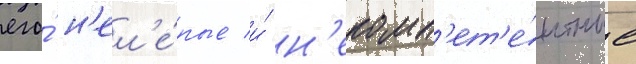
его́ н'ел'е́пые и́ н'екомп'ет'е́нтные